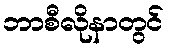
ဘာစီလိုနာတွင်